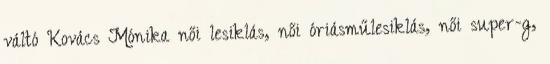
váltó Kovács Mónika női lesiklás, női óriásműlesiklás, női super-g,